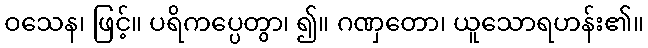
ဝသေန၊ ဖြင့်။ ပရိကပ္ပေတွာ၊ ၍။ ဂဏှတော၊ ယူသောရဟန်း၏။